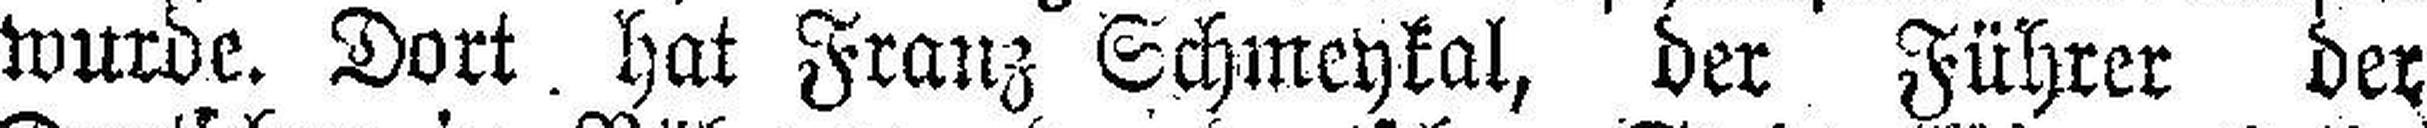
wurde. Dort hat Franz Schmeykal, der Führer der